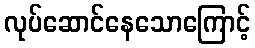
လုပ်ဆောင်နေသောကြောင့်